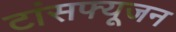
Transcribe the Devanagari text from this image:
टांसफ्यूजन